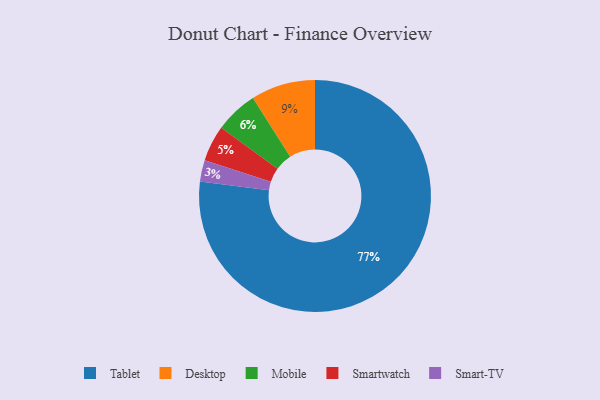
{"axis": {"x": "Category", "y": "Percentage"}, "legend": ["Desktop", "Mobile", "Smart-TV", "Smartwatch", "Tablet"], "data": [{"x": "Tablet", "y": 77, "type": "Tablet"}, {"x": "Desktop", "y": 9, "type": "Desktop"}, {"x": "Mobile", "y": 6, "type": "Mobile"}, {"x": "Smartwatch", "y": 5, "type": "Smartwatch"}, {"x": "Smart-TV", "y": 3, "type": "Smart-TV"}]}